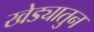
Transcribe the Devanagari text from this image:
खेड्यातुन